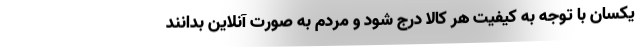
یکسان با توجه به کیفیت هر کالا درج شود و مردم به صورت آنلاین بدانند